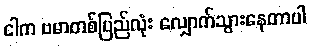
ငါက ဗမာတစ်ပြည်လုံး လျှောက်သွားနေတာပါ